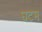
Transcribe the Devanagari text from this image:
घटम